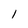
Character: l